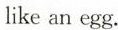
like an egg.